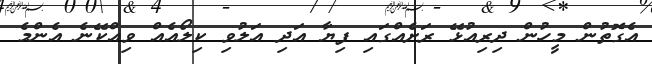
އެގޮތުން މީހުން ދިރިއުޅޭ ރަށެއްގައި ފިޔާ އަދި އަލުވި ކިލޯއެއް ވިއްކޭނެ އެންމެ